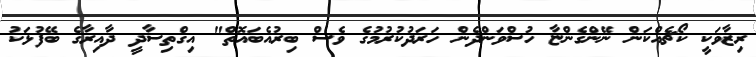
ރިޒާވަކީ ކޯޗެއްކަން ނޭންގެންޏާ ހުސްވަންދެން ހަރަދުކުރުމުގެ ވެސް ބިރުއެބައޮތް" އިގްތިސާދީ ދާއިރާގެ ބޭފުޅަކު